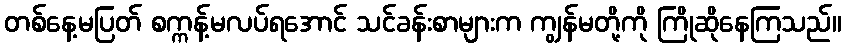
တစ်နေ့မပြတ် စက္ကန့်မလပ်ရအောင် သင်ခန်းစာများက ကျွန်မတို့ကို ကြိုဆိုနေကြသည်။